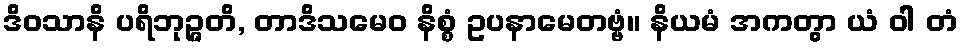
ဒိဝသာနိ ပရိဘုဉ္ဇတိ, တာဒိသမေဝ နိစ္စံ ဥပနာမေတဗ္ဗံ။ နိယမံ အကတွာ ယံ ဝါ တံ